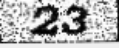
23